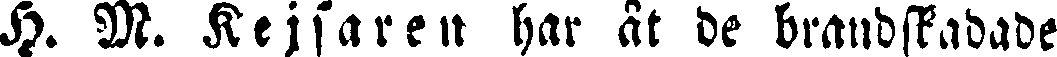
H. M. Kejsaren har åt de brandskadade